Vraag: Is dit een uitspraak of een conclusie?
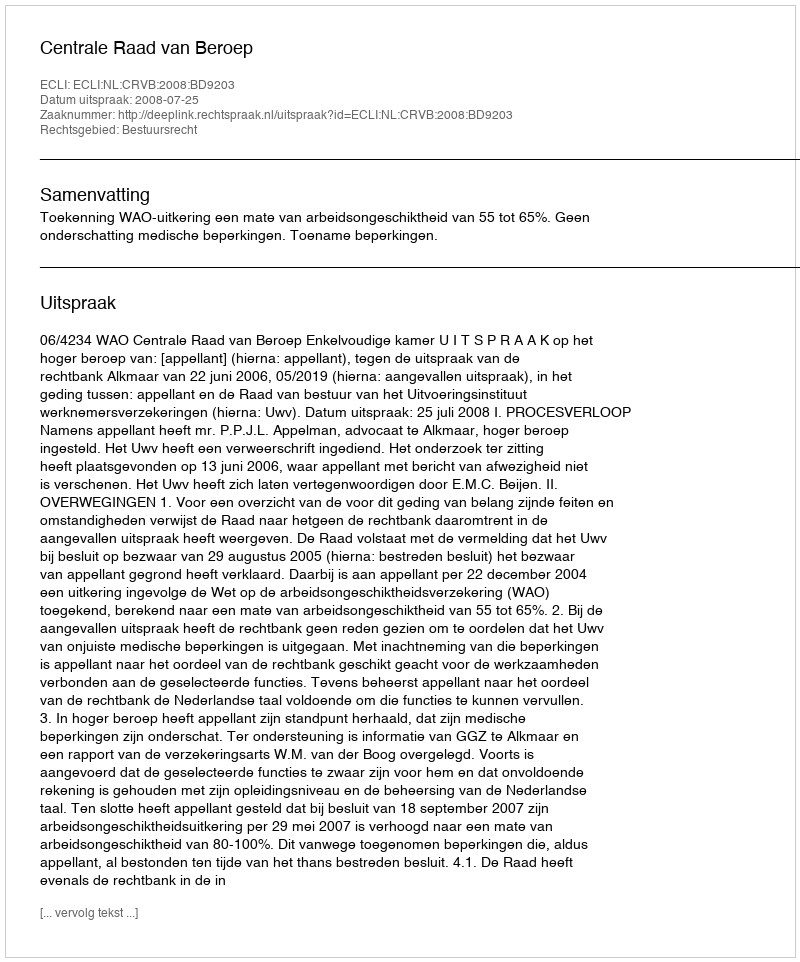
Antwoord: Uitspraak